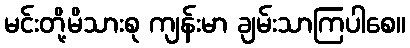
မင်းတို့မိသားစု ကျန်းမာ ချမ်းသာကြပါစေ။